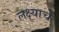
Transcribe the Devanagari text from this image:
लक्ष्याचे